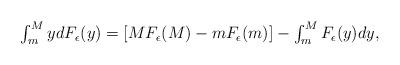
LaTeX: \begin{align*}\begin{array}{l}\int_{m}^{M}ydF_{\epsilon }(y)=\left[ MF_{\epsilon }(M)-mF_{\epsilon }(m)\right] -\int_{m}^{M}F_{\epsilon}(y)dy,\end{array}\end{align*}